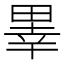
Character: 𤲜